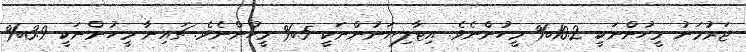
ޖަރުމަނު މީހުންނަކީ 10.2% މީހުންނެވެ. އިޓާލިޔަނުންނަކީ 5% މީހުންނެވެ. ޗައިިނާ މީހުންނަކީ 3.9%